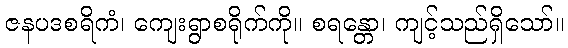
ဇနပဒစရိကံ၊ ကျေးရွာစရိုက်ကို။ စရန္တော၊ ကျင့်သည်ရှိသော်။